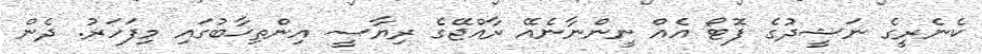
ކެނެރީގެ ނަޝީދުގެ ފޮޓޯ އެއް ނީންނާނެއޭ ރާއްޖޭގެ ރިޔާސީ އިންތިޚާބުގައި މިފަހަރު. ދެން